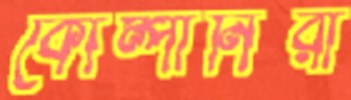
কোম্পানিরা